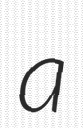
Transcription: a